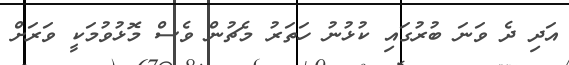
އަދި ދެ ވަނަ ބުރުގައި ކުޅުނު ހަތަރު މެޗުން ވެސް މޮޅުވުމަކީ ވަރަށް